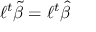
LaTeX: \ell ^ { t } { \tilde { \beta } } = \ell ^ { t } { \widehat { \beta } }